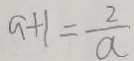
a + 1 = \frac { 2 } { a }